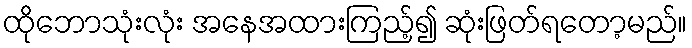
ထိုဘောသုံးလုံး အနေအထားကြည့်၍ ဆုံးဖြတ်ရတော့မည်။